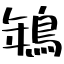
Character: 鵇